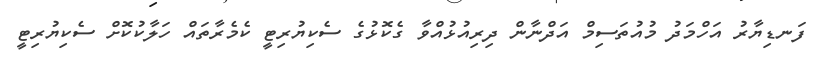
ފަނޑިޔާރު އަހްމަދު މުއުތަސިމް އަދްނާން ދިރިއުޅުއްވާ ގެކޮޅުގެ ސެކިޔުރިޓީ ކެމެރާތައް ހަލާކުކޮށް ސެކިޔުރިޓީ